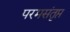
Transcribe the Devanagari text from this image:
परमसंतृप्त